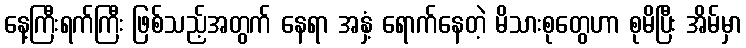
နေ့ကြီးရက်ကြီး ဖြစ်သည့်အတွက် နေရာ အနှံ့ ရောက်နေတဲ့ မိသားစုတွေဟာ စုမိပြီး အိမ်မှာ